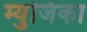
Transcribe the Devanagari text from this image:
म्युजिका